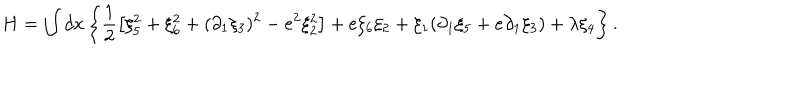
LaTeX: H = \int d x \left\{ \frac { 1 } { 2 } \left[ \xi _ { 5 } ^ { 2 } + \xi _ { 6 } ^ { 2 } + ( \partial _ { 1 } \xi _ { 3 } ) ^ { 2 } - e ^ { 2 } \xi _ { 2 } ^ { 2 } \right] + e \xi _ { 6 } \xi _ { 2 } + \xi _ { 1 } ( \partial _ { 1 } \xi _ { 5 } + e \partial _ { 1 } \xi _ { 3 } ) + \lambda \xi _ { 4 } \right\} .